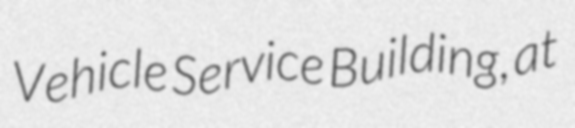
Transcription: Vehicle Service Building, at